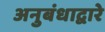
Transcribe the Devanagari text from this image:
अनुबंधाद्वारे